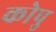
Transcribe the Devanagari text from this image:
कोपु